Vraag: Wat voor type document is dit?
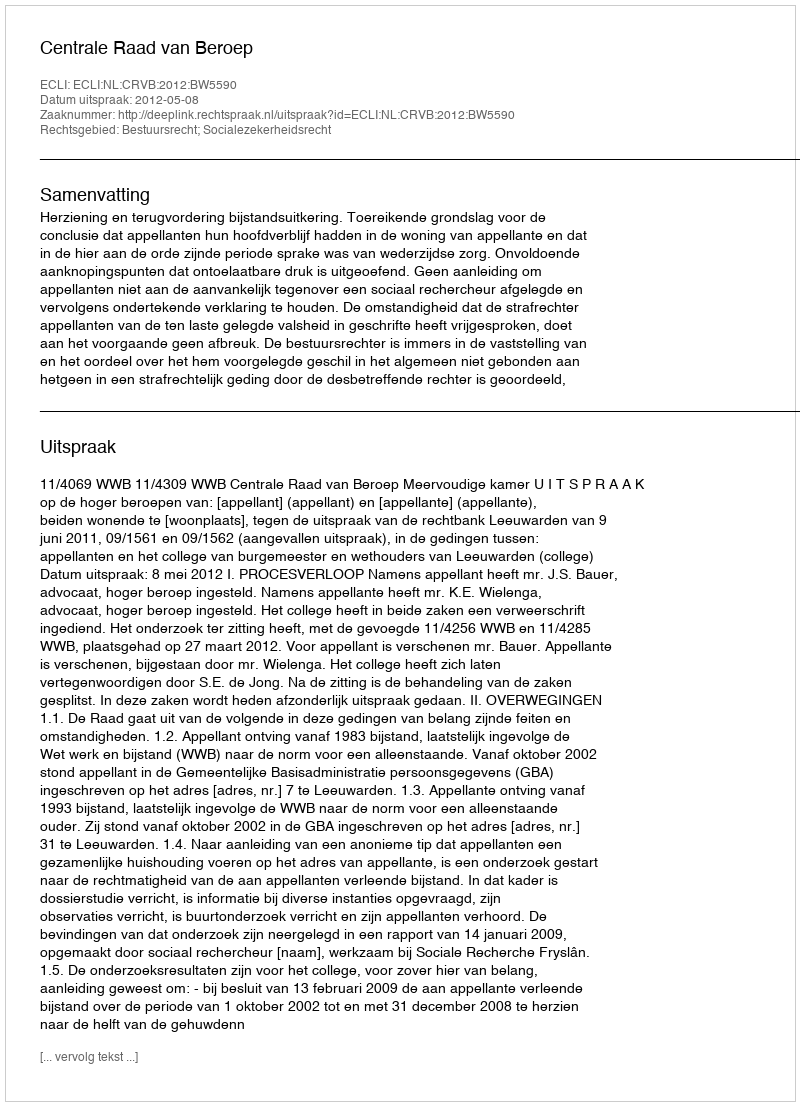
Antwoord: Uitspraak